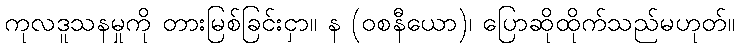
ကုလဒူသနမှုကို တားမြစ်ခြင်းငှာ။ န (ဝစနီယော)၊ ပြောဆိုထိုက်သည်မဟုတ်။